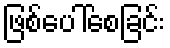
ဖြစ်ပေါ်စေခြင်း